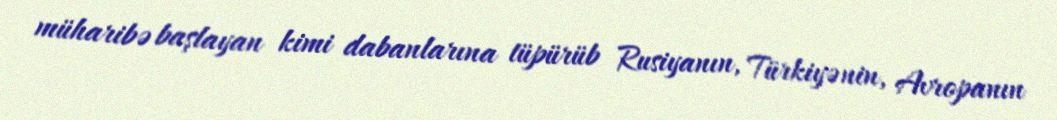
müharibə başlayan kimi dabanlarına tüpürüb Rusiyanın, Türkiyənin, Avropanın